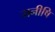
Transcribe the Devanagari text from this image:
मनीषि